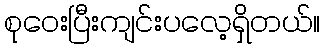
စုဝေးပြီးကျင်းပလေ့ရှိတယ်။